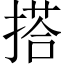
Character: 搭